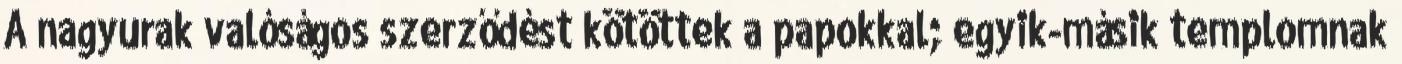
A nagyurak valóságos szerződést kötöttek a papokkal; egyik-másik templomnak